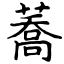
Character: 蕎